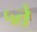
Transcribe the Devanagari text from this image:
५ते